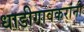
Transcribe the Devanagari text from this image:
धाडीगावकरांनी